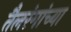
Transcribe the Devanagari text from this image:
तैलरंगांच्या